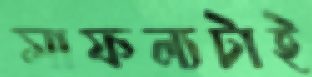
সাফল্যটাই